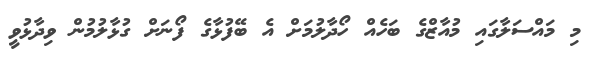
މި މައްސަލާގައި މުއާޒްގެ ބަހެއް ހޯދާލުމަށް އެ ބޭފުޅާގެ ފޯނަށް ގުޅާލުމުން ވިދާޅުވީ